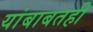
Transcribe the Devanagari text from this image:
यांबाबतही